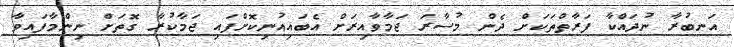
އަނބުރާ ނުދައްކާ ފަރާތްތަކަށް ދެން މުސާރަ ޖަމާވާއިރަށް އެބައިއުނިކޮށްފައި ޖަމާކުރާ ގޮތަށް ނިންމާފައިވާ